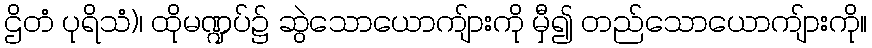
ဌိတံ ပုရိသံ)၊ ထိုမဏ္ဍပ်၌ ဆွဲသောယောကျ်ားကို မှီ၍ တည်သောယောကျ်ားကို။